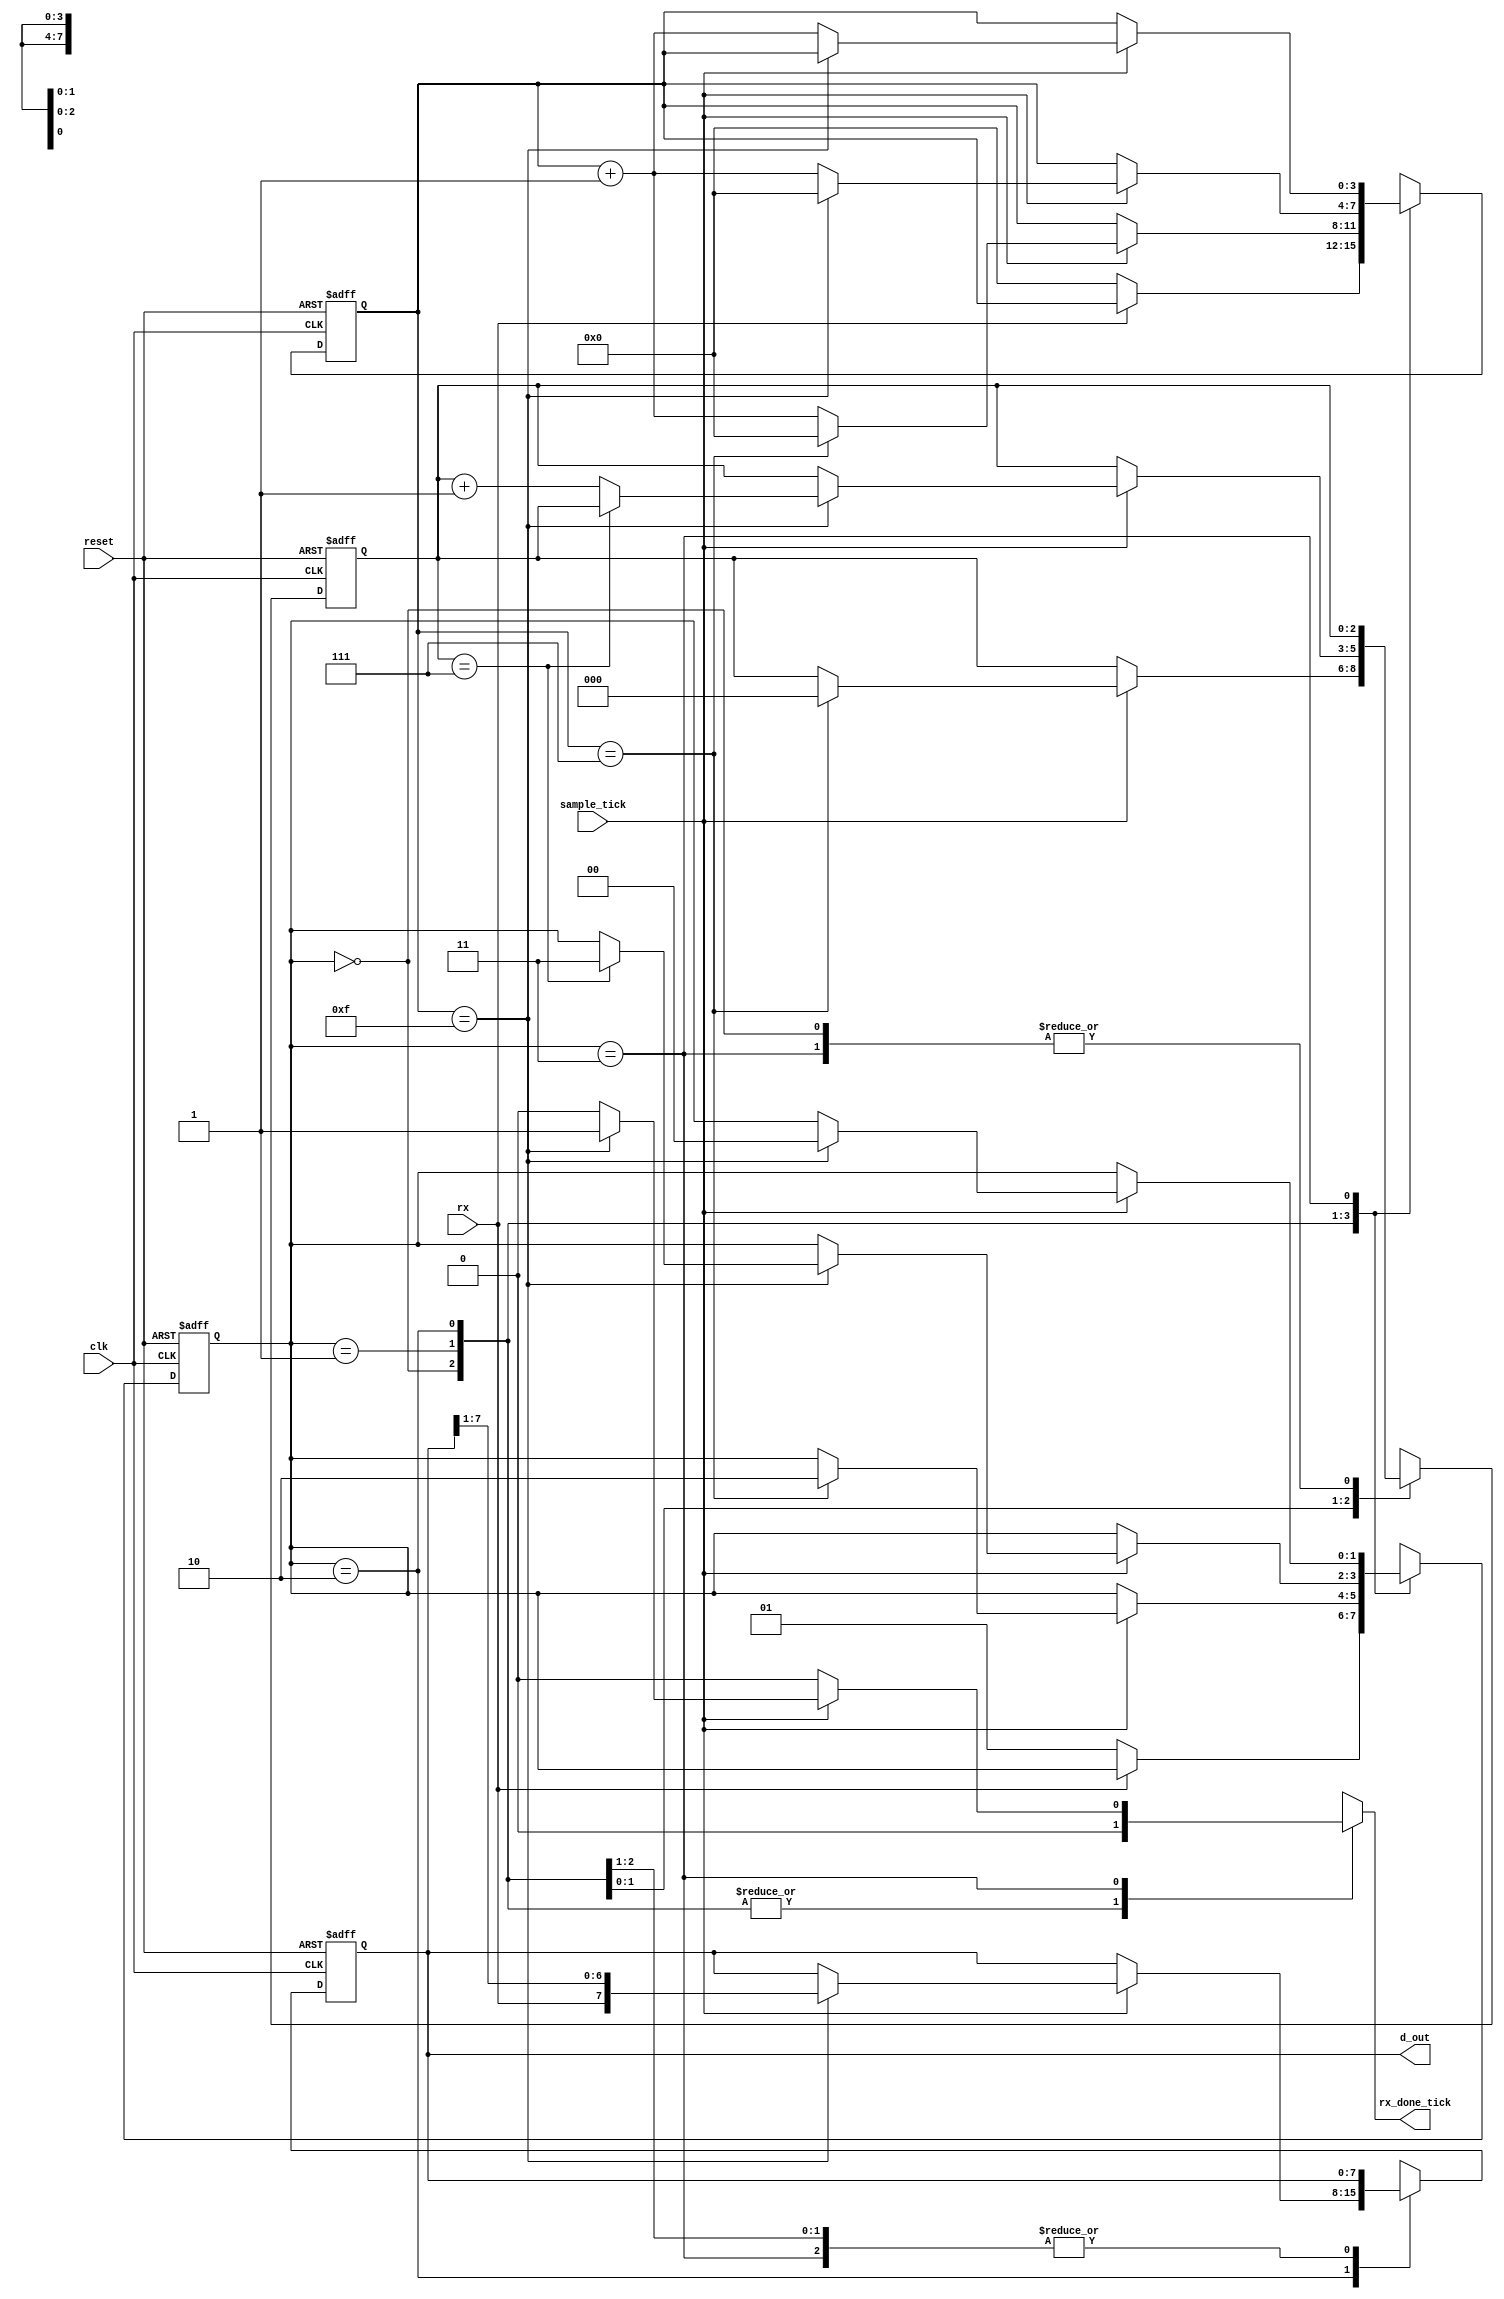
module uart_rx_core #(
	parameter NUMBER_OF_DATA_BITS = 8,
	parameter NUMBER_OF_STOP_BIT_TICKS = 16
	)(
	input wire clk, 
	input wire sample_tick,
	input wire rx,
	output reg rx_done_tick,
	output wire [NUMBER_OF_DATA_BITS-1:0] d_out,
	input wire reset
	);

	// state declaration
	localparam [1:0]
		idle = 2'b00,
		start = 2'b01,
		data = 2'b10,
		stop = 2'b11;

	// signal declarations 
	reg [1:0] state_reg = idle,state_next = idle;
	reg [3:0] s_reg,s_next;				// number of sampling ticks encountered
	reg [2:0] n_reg,n_next;				// number of data bits received
	reg [7:0] b_reg = 8'b0, b_next;    	// register for storing data assigned to d_out

	assign d_out = b_reg;

	// FSMD state snd registere
	always @ (posedge(clk) , posedge(reset))
		if (reset) begin
			state_reg <= idle;
			s_reg <= 0;
			n_reg <= 0;
			b_reg <= 0;
		end
		
		else begin
			state_reg <= state_next;
			s_reg <= s_next;
			n_reg <= n_next;
			b_reg <= b_next;
		end

	always @* begin
		state_next = state_reg;
		rx_done_tick = 1'b0;
		s_next = s_reg;
		n_next = n_reg;
		b_next = b_reg;

		case (state_reg)
			idle :
				if (~rx) begin
					state_next = start;
					s_next = 0;
				end
			start :
				if (sample_tick)
					if (s_reg == 7)begin
						state_next = data;
						s_next = 0;
						n_next = 0;
					end

					else 
						s_next = s_reg + 1;
			data :
				if (sample_tick)
					if (s_reg == 15) begin
						s_next = 0;
						b_next = {rx, b_reg[NUMBER_OF_DATA_BITS - 1:1]};
						if (n_reg == (NUMBER_OF_DATA_BITS - 1))
							state_next = stop;
						else
							n_next = n_reg + 1;
					end

					else begin
						s_next = s_reg + 1;
					end

			stop :
				if (sample_tick)
					if (s_reg == (NUMBER_OF_STOP_BIT_TICKS - 1)) begin
						state_next = idle;
						rx_done_tick = 1'b1;
					end

					else 
						s_next = s_reg + 1;
		endcase

	end

endmodule